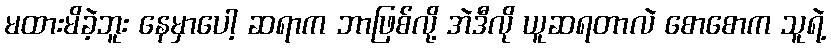
မထားမိခဲ့ဘူး နေမှာပေါ့ ဆရာက ဘာဖြစ်လို့ အဲဒီလို ယူဆရတာလဲ စောစောက သူရဲ့